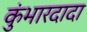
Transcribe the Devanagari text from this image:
कुंभारदादा